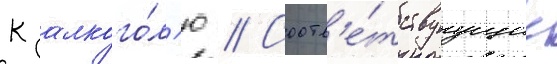
к алкого́л'ю // Соотв'е́тствуущие